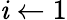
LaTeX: \mathit{i}\gets1